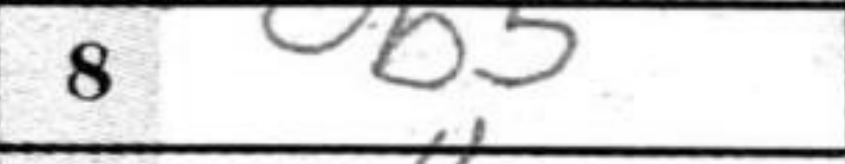
Transcription: b5